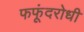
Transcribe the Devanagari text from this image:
फफूंदरोधी